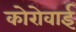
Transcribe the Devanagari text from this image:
कोरोवाई